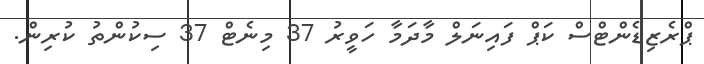
ޕްރެޒިޑެންޓްސް ކަޕް ފައިނަލް މާދަމާ ހަވީރު 37 މިނެޓް 37 ސިކުންތު ކުރިން.